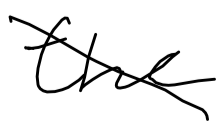
Text: the
Cross-out: mix
Writing tool: digital_black